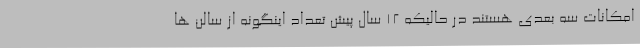
امکانات سه بعدی هستند در حالیکه ۱۲ سال پیش تعداد اینگونه از سالن ها